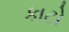
કાટો